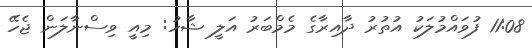
11:08 ފުވައްމުލަކު އުތުރު ދާއިރާގެ މެމްބަރު އަލީ ޝާހު: މިއީ ވިސްނާލަން ޖެހޭ